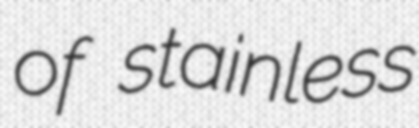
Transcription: of stainless